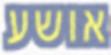
אושע